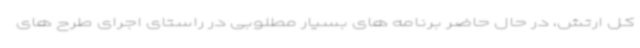
کل ارتش، در حال حاضر برنامه های بسیار مطلوبی در راستای اجرای طرح های